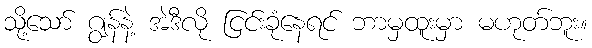
သို့သော် ဂျွန်နဲ့ အဲဒီလို ငြင်းခုံနေရင် ဘာမှထူးမှာ မဟုတ်ဘူး။